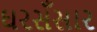
ઘરસઁસાર